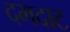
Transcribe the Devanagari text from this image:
दमदाट